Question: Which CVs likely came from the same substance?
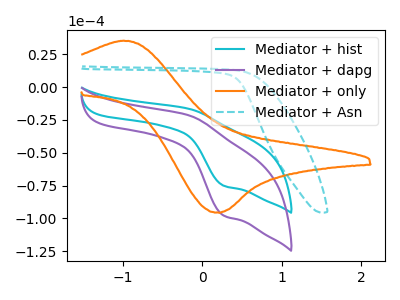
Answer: <think>The cyan curve "Mediator + hist" has an anodic peak at (-0.15V, -16.50uA) and a cathodic peak at (0.25V, -75.15uA). The purple curve "Mediator + dapg" has an anodic peak at (-0.15V, -21.45uA) and a cathodic peak at (0.25V, -97.90uA). The orange curve "Mediator + only" has an anodic peak at (-1.00V, 35.35uA) and a cathodic peak at (0.20V, -95.70uA). The cyan dashed curve "Mediator + Asn" has no peaks.
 All the peaks in "Mediator + hist" have a peak in "Mediator + dapg" at the same potential. "Mediator + hist" and "Mediator + only" have at least one peak that do not match. "Mediator + hist" and "Mediator + Asn" have a different number of peaks. "Mediator + dapg" and "Mediator + only" have at least one peak that do not match. "Mediator + dapg" and "Mediator + Asn" have a different number of peaks. "Mediator + only" and "Mediator + Asn" have a different number of peaks.</think>
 <answer>"Mediator + hist" and "Mediator + dapg" have the same shape and are likely CV's of the same chemical.</answer>
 <eval>"Mediator + hist" "Mediator + dapg"</eval>